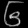
Digit: ၆